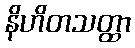
နိဟိတသတ္ထာ